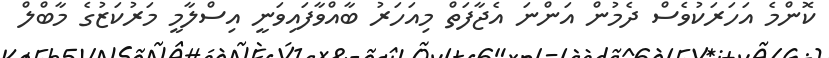
ކޮންމެ އަހަރަކުވެސް ދެމުން އަންނަ އެޖާފަތް މިއަހަރު ބާއްވާފައިވަނީ އިސްލާމީ މަރުކަޒުގެ މާބްލް